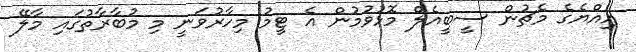
އިއްޔެގެ މެޗުން ސީބީއެލް މޮޅުވުމުން އެ ޓީމު މިހާރުވަނީ މި މުބާރާތުގައި މާލޭ